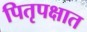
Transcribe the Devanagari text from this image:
पितृपक्षात